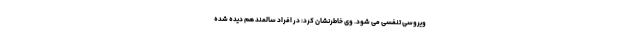
ویروسی تنفسی می شود. وی خاطرنشان کرد: در افراد سالمند هم دیده شده